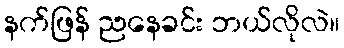
နက်ဖြန် ညနေခင်း ဘယ်လိုလဲ။